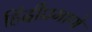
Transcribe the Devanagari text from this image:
हिंदीप्रमाणे